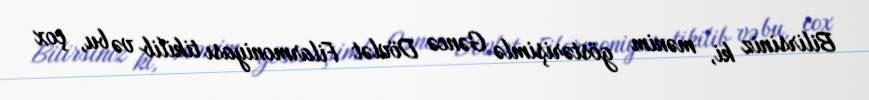
Bilirsiniz ki, mənim göstərişimlə Gəncə Dövlət Filarmoniyası tikilib və bu, çox